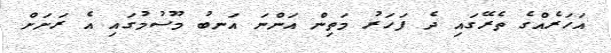
އަހަރެއްގެ ތެރޭގައި ދެ ފަހަރު މަތިން އަންނަ އަނބު މޫސުމުގައި އެ ރަށަށް